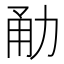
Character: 勈